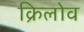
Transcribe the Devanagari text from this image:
क्रिलोव